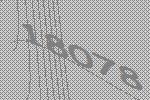
18078